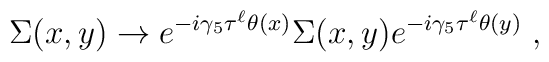
\Sigma(x,y)\rightarrow e^{-i\gamma_5\tau^\ell\theta(x)}\Sigma(x,y)e^{-i\gamma_5\tau^\ell\theta(y)}\;,